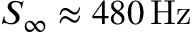
S _ { \infty } \approx 4 8 0 \, \mathrm { H z }